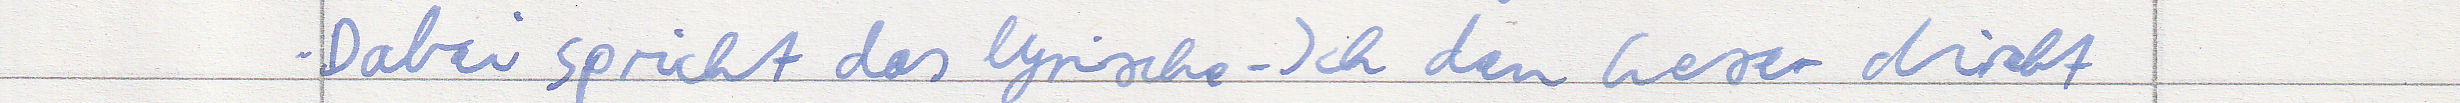
Dabei spricht das lyrische-Ich den Leser direkt